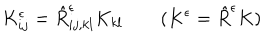
K _ { i j } ^ { \epsilon } = \hat { R } _ { i j , k l } ^ { \epsilon } K _ { k l } \quad \quad ( K ^ { \epsilon } = \hat { R } ^ { \epsilon } K )